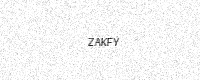
Text: ZAKFY